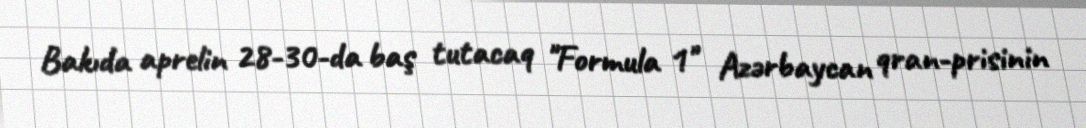
Bakıda aprelin 28-30-da baş tutacaq "Formula 1" Azərbaycan qran-prisinin